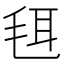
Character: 𣭞